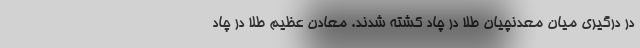
در درگیری میان معدنچیان طلا در چاد کشته شدند. معادن عظیم طلا در چاد